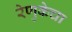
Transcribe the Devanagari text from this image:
रेणुकेचा